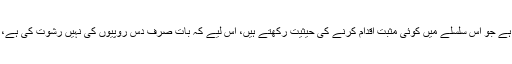
اس تحریر کا مقصد عوام اور ان تمام حضرات کو اس جانب متوجہ کروانا ہے جو اس سلسلے میں کوئی مثبت اقدام کرنے کی حیثیت رکھتے ہیں، اس لیے کہ بات صرف دس روپیوں کی نہیں رشوت کی ہے، بھرشٹاچار کی ہے، جو ہمارے ملک میں عام سے عام تر ہوتا جا رہا ہے۔